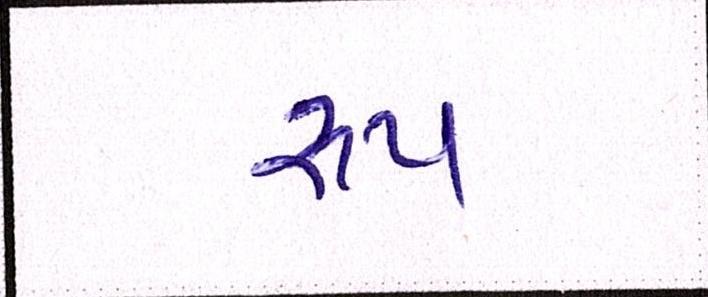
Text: રૂપ